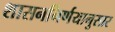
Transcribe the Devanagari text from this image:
शासननिर्णयानुसार